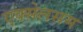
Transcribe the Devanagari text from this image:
एक्सेलसम